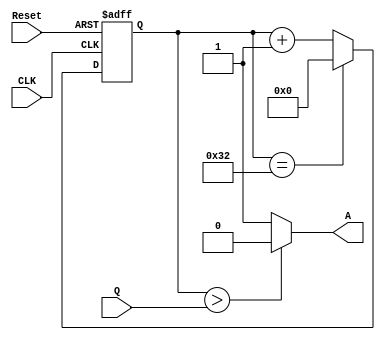
`timescale 1ns / 1ps
//////////////////////////////////////////////////////////////////////////////////
// Company: 
// Engineer: 
// 
// Design Name: 
// Module Name:    Contador_Ciclo_de_Trabajo2 
// Project Name: 
// Target Devices: 
// Tool versions: 
// Description: 
//
// Dependencies: 
//
// Revision: 
// Revision 0.01 - File Created
// Additional Comments: 
//
//////////////////////////////////////////////////////////////////////////////////
module Contador_Ciclo_de_Trabajo2(Q,Reset,CLK,A);
input CLK,Reset;
input[5:0] Q;
output reg A;
reg[5:0] D;

always @(posedge CLK or posedge Reset)
begin
	if (Reset)
		D <= 6'b000000;
	else
	begin
		D <= D + 6'b000001;
		if (D == 6'b110010) 
			D <= 6'b000000;
	end
end

always @(D or Q)
begin
	if (D > Q)
		A <= 1'b0;
	else
		A <= 1'b1;
end

endmodule